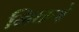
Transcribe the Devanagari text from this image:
निघणे